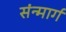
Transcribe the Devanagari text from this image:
संन्मार्ग